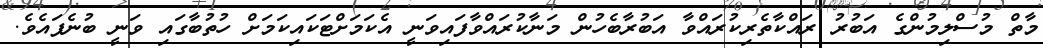
މާތް މުސްލިމުންގެ އަބުރު ރައްކާތެރިކުރައްވާ އަބުރާބެހުން މަނާކުރައްވާފައިވަނީ އެކަމަށްޓަކައިކަމަށް ހުތުބާގައި ވަނީ ބުނެފައެވެ.